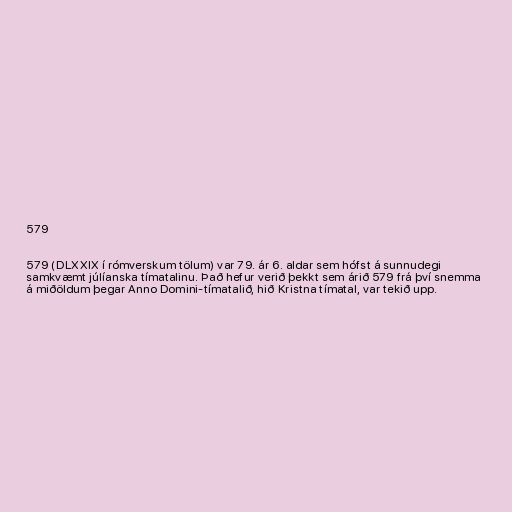
579

579 (DLXXIX í rómverskum tölum) var 79. ár 6. aldar sem hófst á sunnudegi
samkvæmt júlíanska tímatalinu. Það hefur verið þekkt sem árið 579 frá því snemma
á miðöldum þegar Anno Domini-tímatalið, hið Kristna tímatal, var tekið upp.